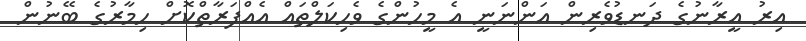
އިރު އީރާނުގެ ދަނޑުވެރިން އަންނަނީ އެ މީހުންގެ ވެހިކަލްތައް އެއްފަރާތްކޮށް ހިމާރުގެ ބޭނުން